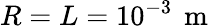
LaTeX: R=L=10^{-3}\, \mathrm{~m~}